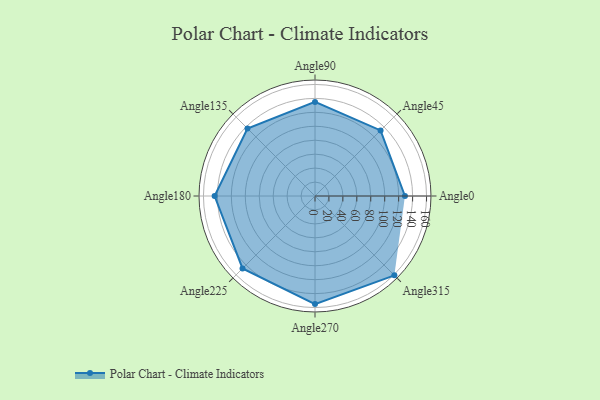
{"axis": {"x": "Angle", "y": "Radius"}, "legend": [""], "data": [{"x": "Angle0", "y": 129.0, "type": ""}, {"x": "Angle45", "y": 133.0, "type": ""}, {"x": "Angle90", "y": 135.0, "type": ""}, {"x": "Angle135", "y": 137.0, "type": ""}, {"x": "Angle180", "y": 144.0, "type": ""}, {"x": "Angle225", "y": 147.0, "type": ""}, {"x": "Angle270", "y": 155.0, "type": ""}, {"x": "Angle315", "y": 161.0, "type": ""}]}